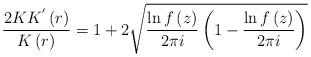
LaTeX: \begin{align*}\frac{2KK^{'}\left(r\right)}{K\left(r\right)}=1+2\sqrt{\frac{\ln f\left(z\right)}{2\pi i}\left(1-\frac{\ln f\left(z\right)}{2\pi i}\right)}\end{align*}